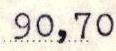
90,70